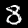
Digit: 8